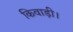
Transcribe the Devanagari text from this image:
किवाड़ी।